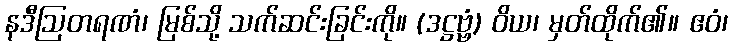
နဒီဩတရဏံ၊ မြစ်သို့ သက်ဆင်းခြင်းကို။ (ဒဋ္ဌဗ္ဗံ) ဝိယ၊ မှတ်ထိုက်၏။ ဧဝံ၊